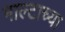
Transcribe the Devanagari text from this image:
माल्टाच्या